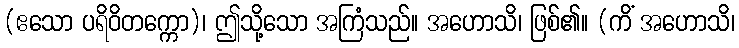
(ဧသော ပရိဝိတက္ကော)၊ ဤသို့သော အကြံသည်။ အဟောသိ၊ ဖြစ်၏။ (ကိံ အဟောသိ၊